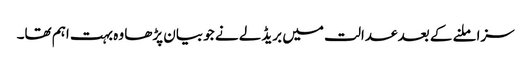
سزا ملنے کے بعد عدالت میں بریڈلے نے جو بیان پڑھا وہ بہت اہم تھا۔